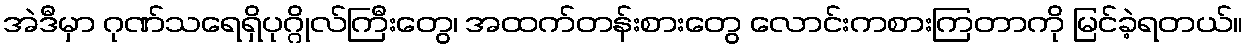
အဲဒီမှာ ဂုဏ်သရေရှိပုဂ္ဂိုလ်ကြီးတွေ၊ အထက်တန်းစားတွေ လောင်းကစားကြတာကို မြင်ခဲ့ရတယ်။